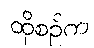
ထိုစဉ်က